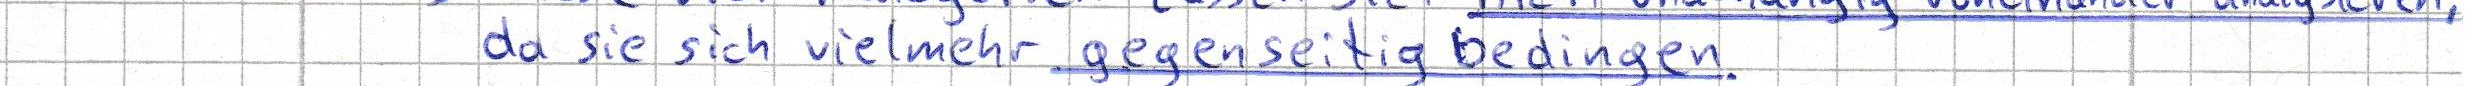
da sie sich vielmehr gegenseitig bedingen.